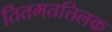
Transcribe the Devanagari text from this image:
तितमततिलक